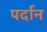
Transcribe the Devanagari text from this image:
पर्दान